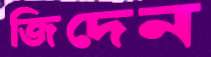
জিদেন